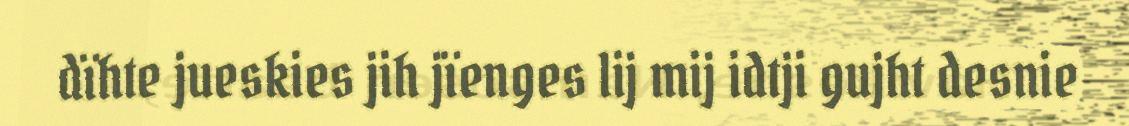
dïhte jueskies jih jïenges lij mij idtji gujht desnie